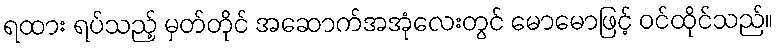
ရထား ရပ်သည့် မှတ်တိုင် အဆောက်အအုံလေးတွင် မောမောဖြင့် ဝင်ထိုင်သည်။